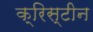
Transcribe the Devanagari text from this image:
क्रिस्‍टीन